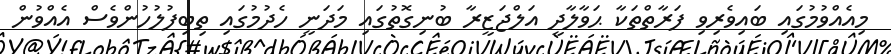
މިއެއްވުމުގައި ބައިވެރިވި ފަރާތްތަކާ ޙަވާލާދީ އަލްޖަޒީރާ ބުނިގޮތުގައި މަދަނީ ހެދުމުގައި ތިބިފުލުހުންވެސް އެއްވުން